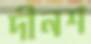
দীনশ